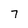
Character: 7